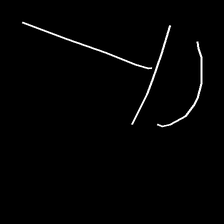
Glyph: dispersion